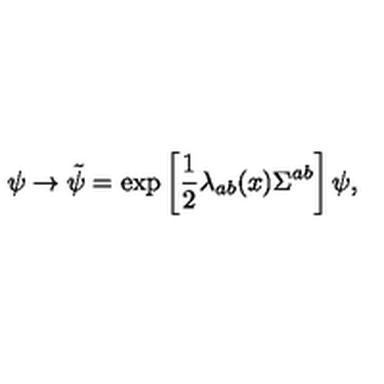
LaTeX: \psi \to \tilde { \psi } = \exp \left[ \frac { 1 } { 2 } \lambda _ { a b } ( x ) \Sigma ^ { a b } \right] \psi ,